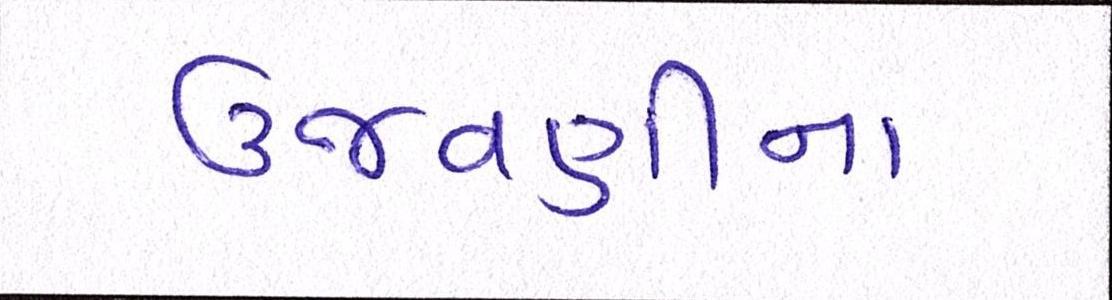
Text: ઉજવણીના